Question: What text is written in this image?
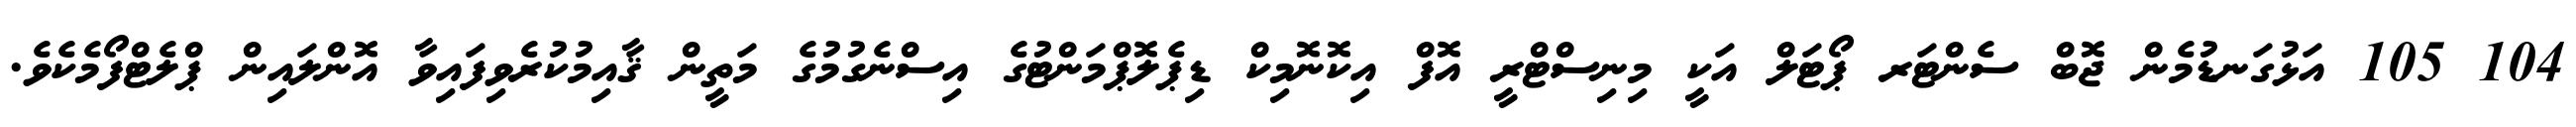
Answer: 104 105 އަޅުގަނޑުމެން ޖޮބް ސެންޓަރ ޕޯޓަލް އަކީ މިނިސްޓްރީ އޮފް އިކޮނޮމިކް ޑިޕެލޮޕްމަންޓުގެ އިސްނެގުމުގެ މަތީން ޤާއިމުކުރެވިފައިވާ އޮންލައިން ޕްލެޓްފޯމެކެވެ.